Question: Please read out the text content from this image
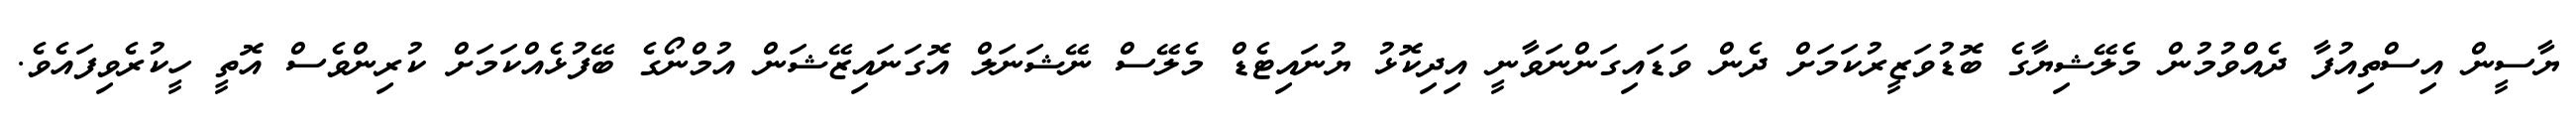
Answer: ޔާސީން އިސްތިއުފާ ދެއްވުމުން މެލޭޝިޔާގެ ބޮޑުވަޒީރުކަމަށް ދެން ވަޑައިގަންނަވާނީ އިދިކޮޅު ޔުނައިޓެޑް މެލޭސް ނޭޝަނަލް އޮގަނައިޒޭޝަން އުމްނޯގެ ބޭފުޅެއްކަމަށް ކުރިންވެސް އޮތީ ހީކުރެވިފައެވެ.